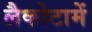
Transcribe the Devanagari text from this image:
लैकोटामें